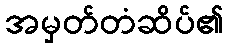
အမှတ်တံဆိပ်၏